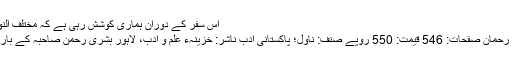
اس سفر کے دوران ہماری کوشش رہی ہے کہ مختلف النوع …	099-لگن از بشریٰ رحمٰن
لگن از بشریٰ رحمٰن مصنفہ: بشریٰ رحمان صفحات: 546 قیمت: 550 روپے صنف: ناول؛ پاکستانی ادب ناشر: خزینہء علم و ادب، لاہور بشریٰ رحمٰن صاحبہ کے بارے میں پہلے بھی بات ہو چکی ہے۔